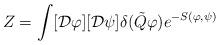
LaTeX: \begin{align*}Z=\int [{\cal D}\varphi ][{\cal D}\psi ]\delta (\tilde {Q} \varphi ) e^{-S(\varphi ,\psi)}\end{align*}